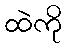
ထဲကို